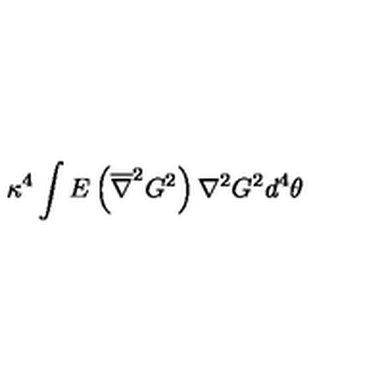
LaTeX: \kappa ^ { 4 } \int E \left( \overline { { \nabla } } ^ { 2 } G ^ { 2 } \right) \nabla ^ { 2 } G ^ { 2 } d ^ { 4 } \theta